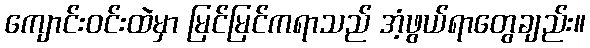
ကျောင်းဝင်းထဲမှာ မြင်မြင်ကရာသည် အံ့ဖွယ်ရာတွေချည်း။